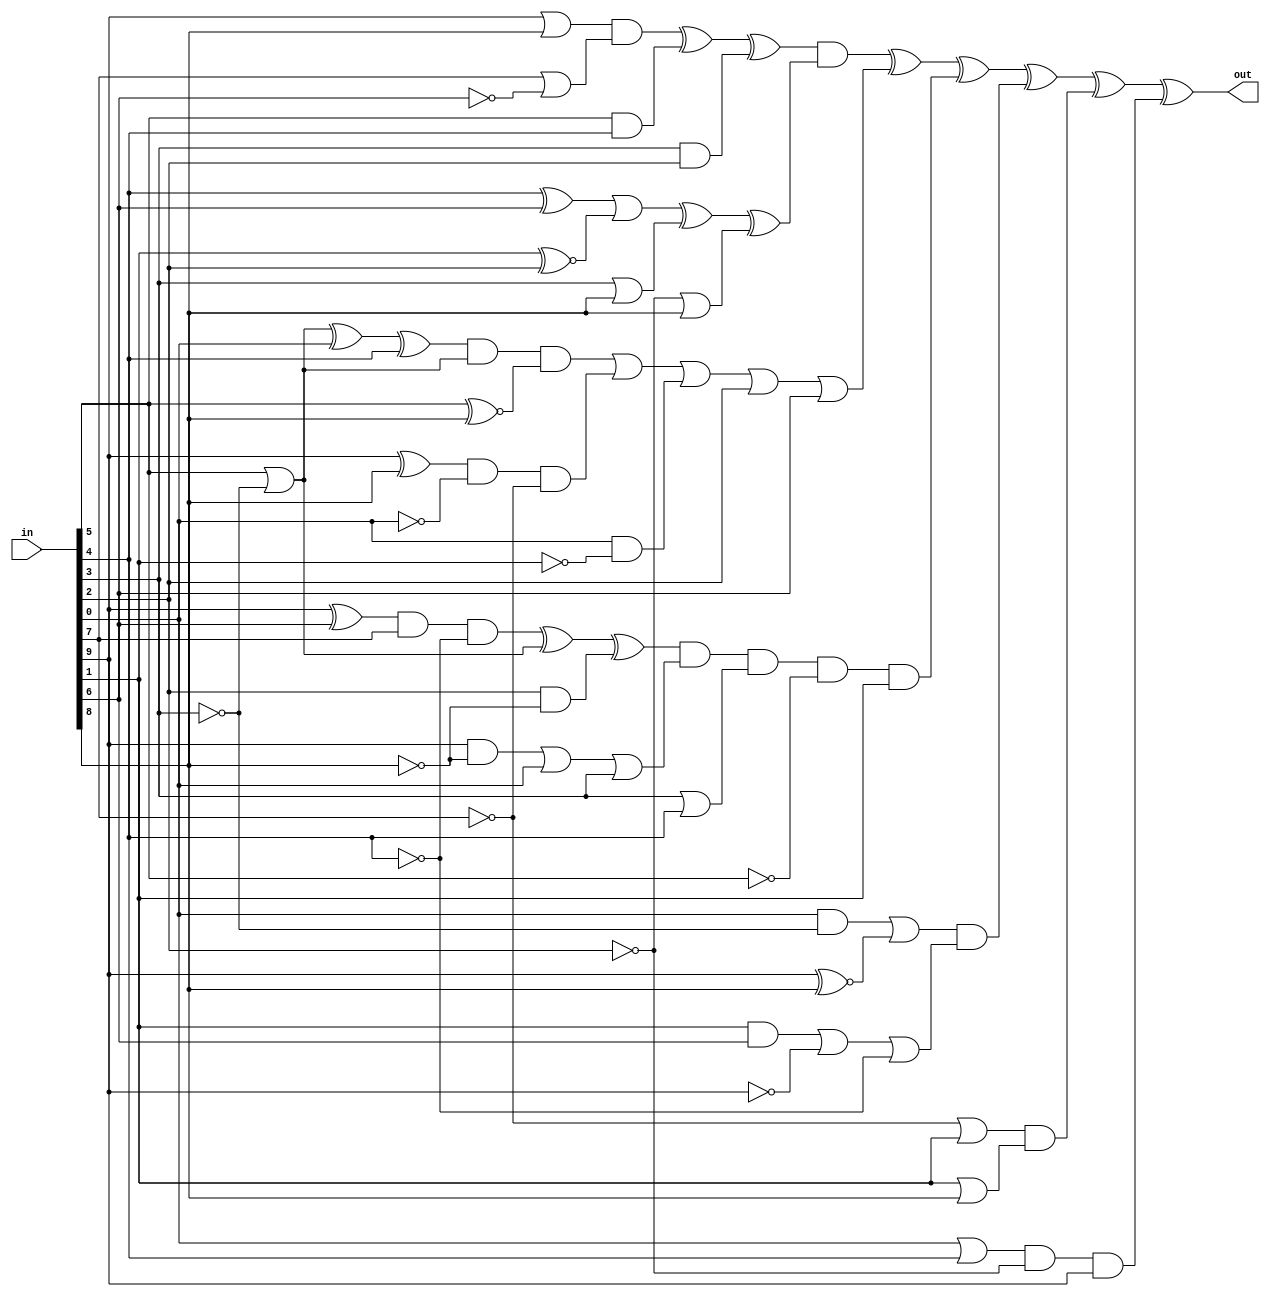
// SPDX-License-Identifier: MIT
// SPDX-FileCopyrightText: 2022 Tamas Hubai

`default_nettype none

module u41 (
    input [9:0] in,
    output out
);

wire a, b, c, d, e, f, g, h, i, j;
assign {a, b, c, d, e, f, g, h, i, j} = in;

wire x = ((((a|b)&(c|~d))^(e&f)^(g&h))&(((f^d)|(i^~h))^(g|b)^(~h|b)))^
         ((((e|~g)^j^f)&(e|~g)&(e^~b))|((a^b)&~j&~c)|(j&~i)|h|d)^
         ((((a^d)&c&~f)^(e|~g)^(h&~b))&((a&~b)|j|g)&(g|f)&~e&i)^
         (((j&~g)|(a^~b))&((i&d)|~a|~f))^((~c|i)&(i|b))^((j|f)&~h&a);

assign out = x;

endmodule